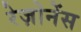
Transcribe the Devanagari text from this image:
रेज़ोनेंस